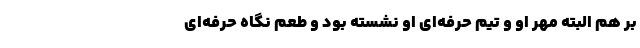
بر هم البته مُهر او و تیم حرفه‌ای او نشسته بود و طعم نگاه حرفه‌ای